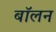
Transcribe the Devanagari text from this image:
बॉलन